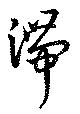
滞